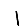
Digit: 1